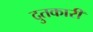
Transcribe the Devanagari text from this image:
दुतकारी